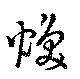
煥